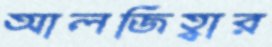
আলজিহ্বার